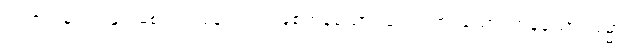
ဝါ၊ ဇရာမရဏနှင့် မစပ်သည်မူလည်း ဖြစ်ကုန်သော။ သောကာဒယော၊ ကုန်သော။ ဓမ္မာ